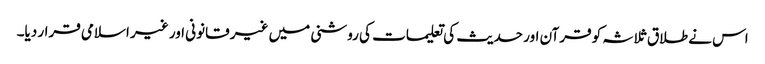
اس نے طلاق ثلاثہ کو قرآن اور حدیث کی تعلیمات کی روشنی میں غیر قانونی اور غیر اسلامی قرار دیا۔